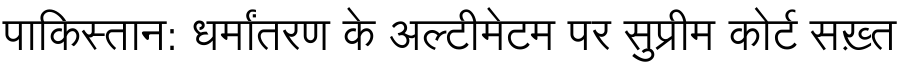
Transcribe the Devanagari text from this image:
पाकिस्तान: धर्मांतरण के अल्टीमेटम पर सुप्रीम कोर्ट सख़्त